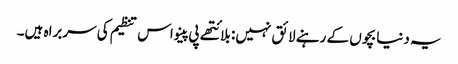
یہ دنیا بچوں کے رہنے لائق نہیں: بلائتھے پی پینو اس تنظیم کی سربراہ ہیں۔